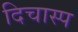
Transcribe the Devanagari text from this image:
दिचास्प